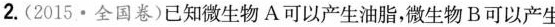
2.(2015.全国卷)已知微生物A可以产生油脂，微生物B可以产生